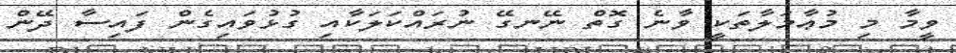
ވީމާ މި މުޢާމަލާތަކީ ވާނެ ގޮތް ނޭނގޭ ނުރައްކަލަކާއި ގުޅުވައިގެން ފައިސާ ދޭން